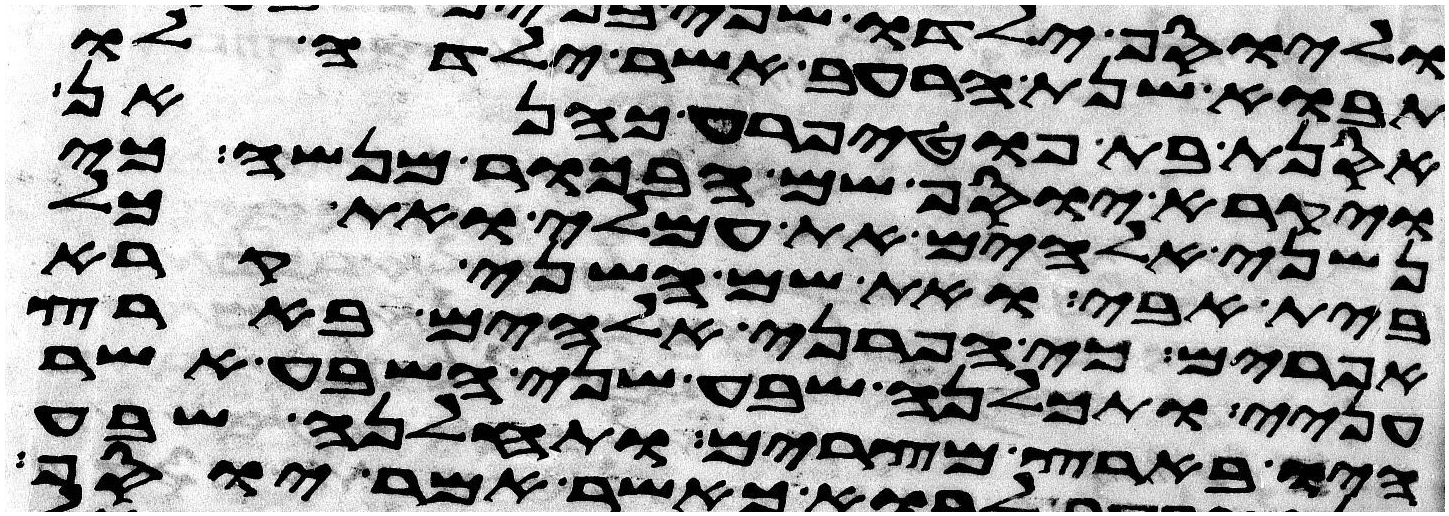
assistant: תבוא שנת הרעב אשר ילדה לו
אסנת בת פוטיפרע כהנאן
ויקרא יוסף שם הבכור מנשה כי
נשני אלהים את עמלי ואת כל
בית אבי ואת שם השני קרא
אפרים כי הפרני אלהים בארץ
עניי ותכלנה שבע שני השבע אשר
היו בארץ מצרים ותחלנה שבע